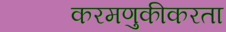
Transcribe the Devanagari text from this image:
करमणुकीकरता